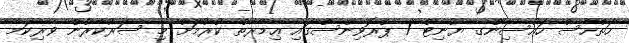
ހަތްހާސް ހައުސިންގ ޔުނިޓް 7 ޕްރޮވިންސްގައި ޢިމާރާތް ކުރުމަށް މި ސަރުކާރުން ވެރިކަމާ